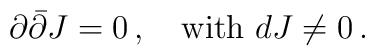
\partial \bar{\partial} J = 0\,, \quad \hbox{with } d J \neq 0\,.